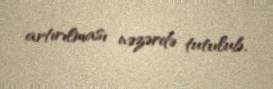
artırılması nəzərdə tutulub.